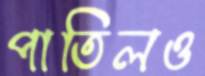
পাতিলও